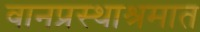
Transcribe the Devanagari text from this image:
वानप्रस्थाश्रमात